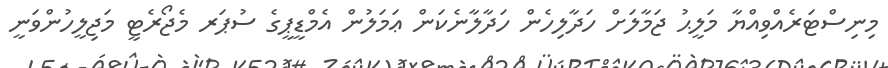
މިނިސްޓަރެއްވިއްޔާ މަލީޙު ޖަމާލަށް ހަދާލިހެން ހަދާލާނެކަން ޢަމަލުން އެމްޑީޕީގެ ސުޕަރ މެޖޯރެޓީ މަޖިލީހުންވަނީ